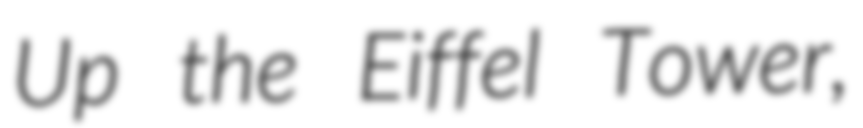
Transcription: Up the Eiffel Tower,